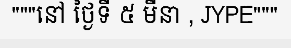
"""នៅ ថ្ងៃទី ៥ មីនា , JYPE"""